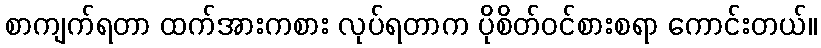
စာကျက်ရတာ ထက်အားကစား လုပ်ရတာက ပိုစိတ်ဝင်စားစရာ ကောင်းတယ်။